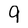
Character: 9